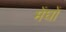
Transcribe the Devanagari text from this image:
मेंघों